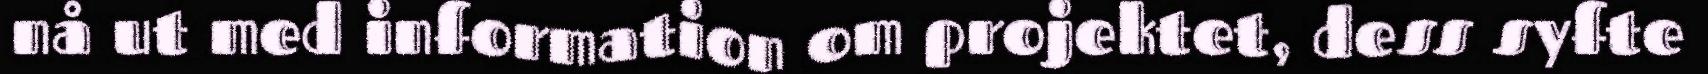
nå ut med information om projektet, dess syfte